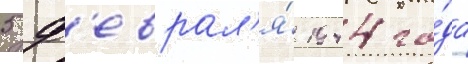
5 ф'еврал'я́ 1944 го́да